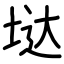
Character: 垯